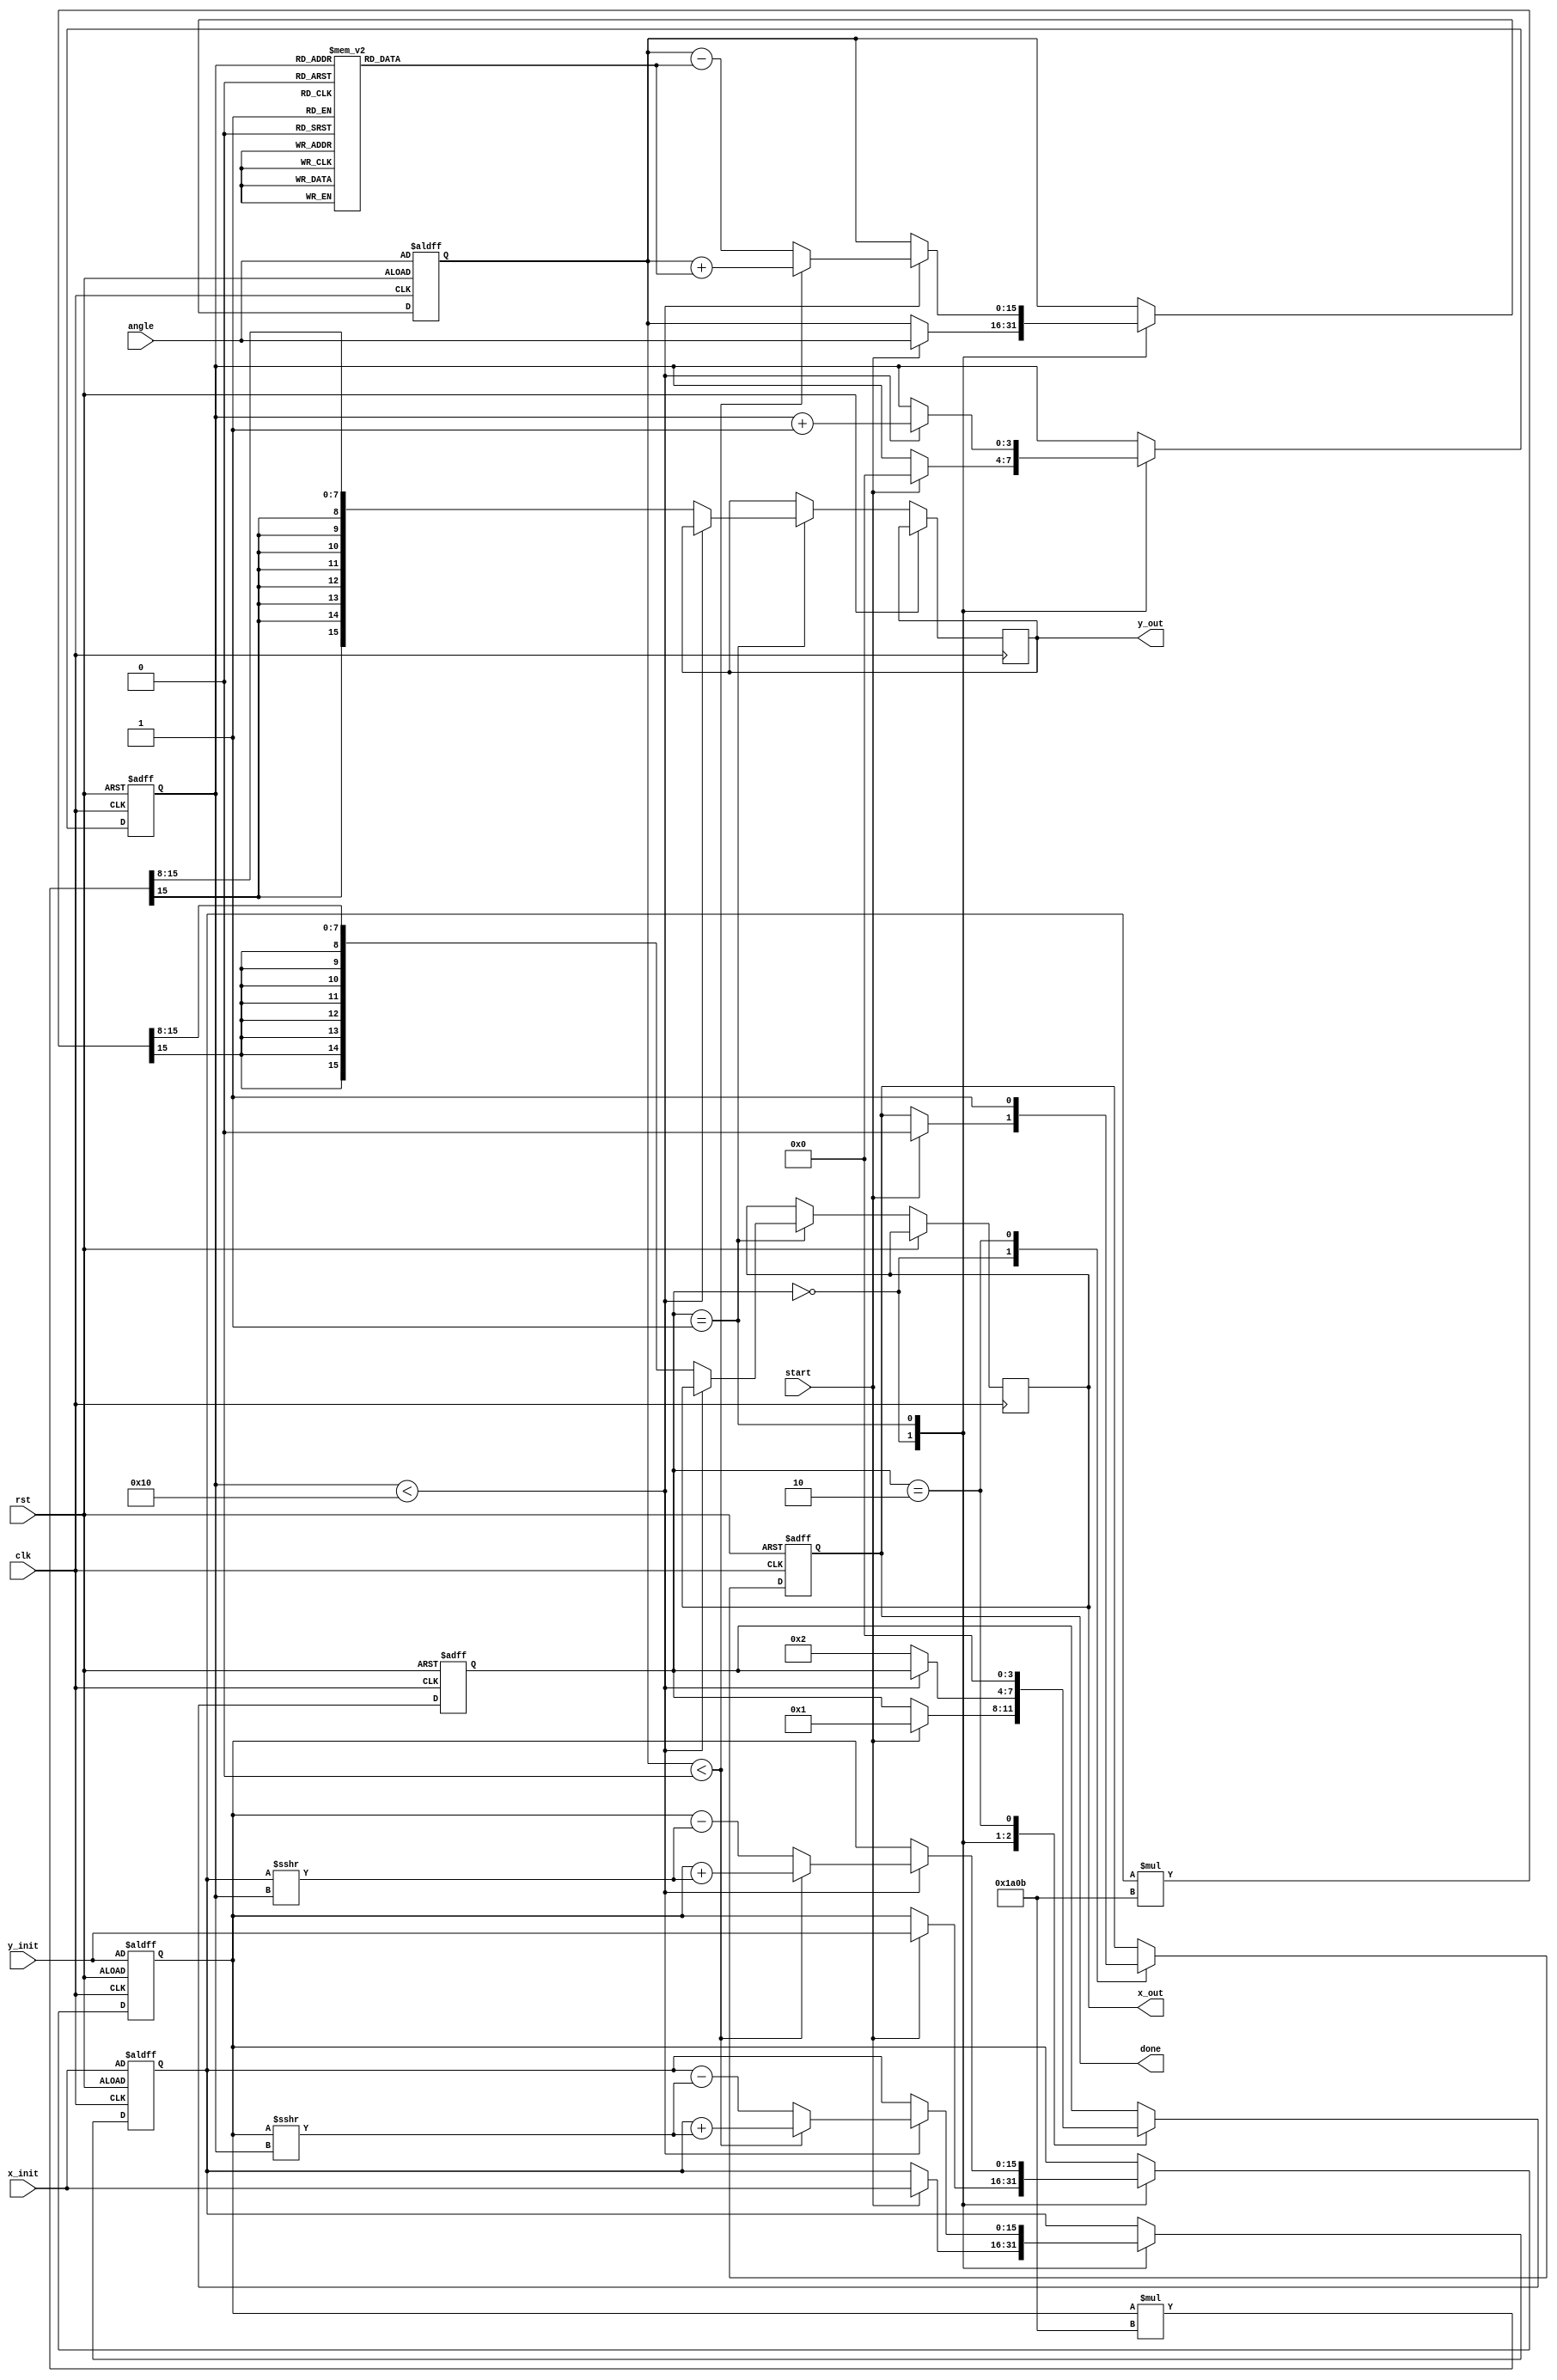
module hyperbolic_cordic #(
    parameter WIDTH = 16, // Bit-width for fixed-point representation
    parameter ITERATIONS = 16 // Number of iterations for precision
)(
    input wire clk,
    input wire rst,
    input wire start,
    input wire signed [WIDTH-1:0] angle, // Input hyperbolic angle
    input wire signed [WIDTH-1:0] x_init, // Initial x value (cosh)
    input wire signed [WIDTH-1:0] y_init, // Initial y value (sinh)
    output reg signed [WIDTH-1:0] x_out, // Output hyperbolic cosine
    output reg signed [WIDTH-1:0] y_out, // Output hyperbolic sine
    output reg done
);

    // Internal signals
    reg [3:0] state;
    reg [3:0] iteration;
    reg signed [WIDTH-1:0] x, y, z;
    reg signed [WIDTH-1:0] x_temp, y_temp;
    
    // CORDIC gain factor (scaling factor)
    localparam signed [WIDTH-1:0] K = 16'h1A0B; // Example scaling factor

    // State machine states
    localparam IDLE = 0, RUN = 1, DONE = 2;

    // CORDIC rotation angles for hyperbolic functions (in fixed-point)
    reg signed [WIDTH-1:0] angle_table [0:ITERATIONS-1];

    // Initialize angle table (hyperbolic angles)
    initial begin
        angle_table[0] = 16'h1; // Example values, should be filled with actual hyperbolic angles
        angle_table[1] = 16'h2; // ...
        // Fill in the rest of the angle table
    end

    // State machine
    always @(posedge clk or posedge rst) begin
        if (rst) begin
            state <= IDLE;
            done <= 0;
            iteration <= 0;
            x <= x_init;
            y <= y_init;
            z <= angle;
        end else begin
            case (state)
                IDLE: begin
                    if (start) begin
                        state <= RUN;
                        x <= x_init;
                        y <= y_init;
                        z <= angle;
                        iteration <= 0;
                        done <= 0;
                    end
                end
                RUN: begin
                    if (iteration < ITERATIONS) begin
                        // CORDIC rotation logic
                        if (z < 0) begin
                            // Perform rotation in the negative direction
                            x_temp = x + (y >>> iteration);
                            y_temp = y + (x >>> iteration);
                            z = z + angle_table[iteration];
                        end else begin
                            // Perform rotation in the positive direction
                            x_temp = x - (y >>> iteration);
                            y_temp = y - (x >>> iteration);
                            z = z - angle_table[iteration];
                        end
                        x <= x_temp;
                        y <= y_temp;
                        iteration <= iteration + 1;
                    end else begin
                        // Final scaling
                        x_out <= x * K >>> 8; // Adjust scaling
                        y_out <= y * K >>> 8; // Adjust scaling
                        state <= DONE;
                    end
                end
                DONE: begin
                    done <= 1;
                    state <= IDLE; // Reset to IDLE for next operation
                end
            endcase
        end
    end

endmodule